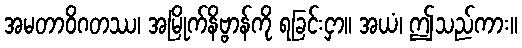
အမတာဝိဂတဿ၊ အမြိုက်နိဗ္ဗာန်ကို ရခြင်းငှာ။ အယံ၊ ဤသည်ကား။